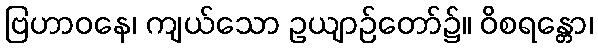
ဗြဟာဝနေ၊ ကျယ်သော ဥယျာဉ်တော်၌။ ဝိစရန္တော၊